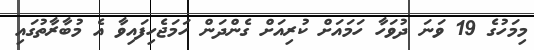
މިމަހުގެ 19 ވަނަ ދުވަހާ ހަމައަށް ކުރިއަށް ގެންދަން ހަމަޖެހިފައިވާ އެ މުބާރާތުގައި